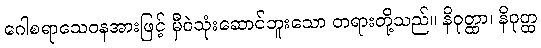
ဂေါစရာသေဝနအားဖြင့် မှီဝဲသုံးဆောင်ဘူးသော တရားတို့သည်။ နိဝုတ္ထာ၊ နိဝုတ္ထ